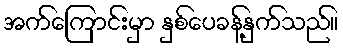
အက်ကြောင်းမှာ နှစ်ပေခန့်နှက်သည်။